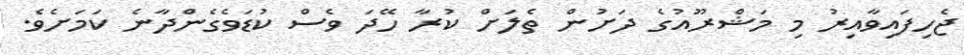
ޖެހިފައިވާއިރު މި މަޝްރޫއުގެ ދަށުން ތެލަށް ކުރާ ހޭދަ ވެސް ކުޑަވެގެންދާނެ ކަމަށެވެ.